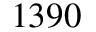
1 3 9 0